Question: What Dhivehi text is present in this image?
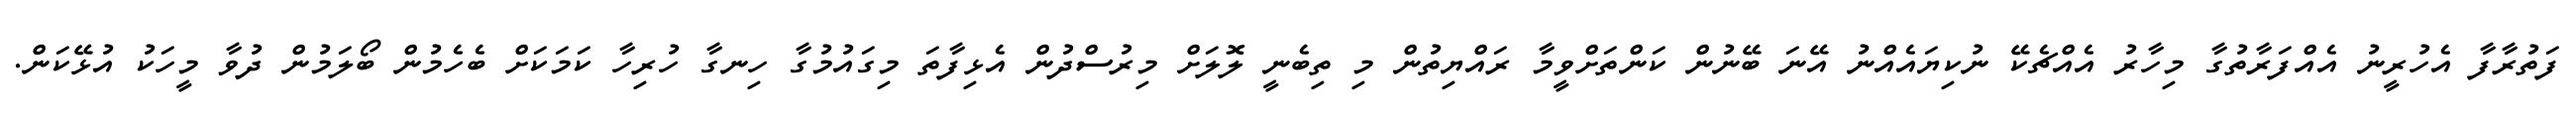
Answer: ފަތުރާފާ އެހުރީނު އެއްފަރާތުގާ މިހާރު އެއްޗެކޭ ނުކިޔައެއްނު އޭނަ ބޭނުން ކަންތަށްވީމާ ރައްޔިތުން މި ތިބެނީ ލޮލަށް މިރުސްދުން އެޅިފާތަ މިގައުމުގާ ހިނގާ ހުރިހާ ކަމަކަށް ބެހެމުން ބޯލަމުން ދުވާ މީހަކު އުޅޭކަން.